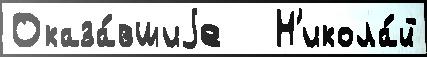
Оказа́вшиjе   Н'икола́й